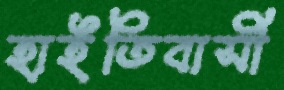
হাইতিবাসী